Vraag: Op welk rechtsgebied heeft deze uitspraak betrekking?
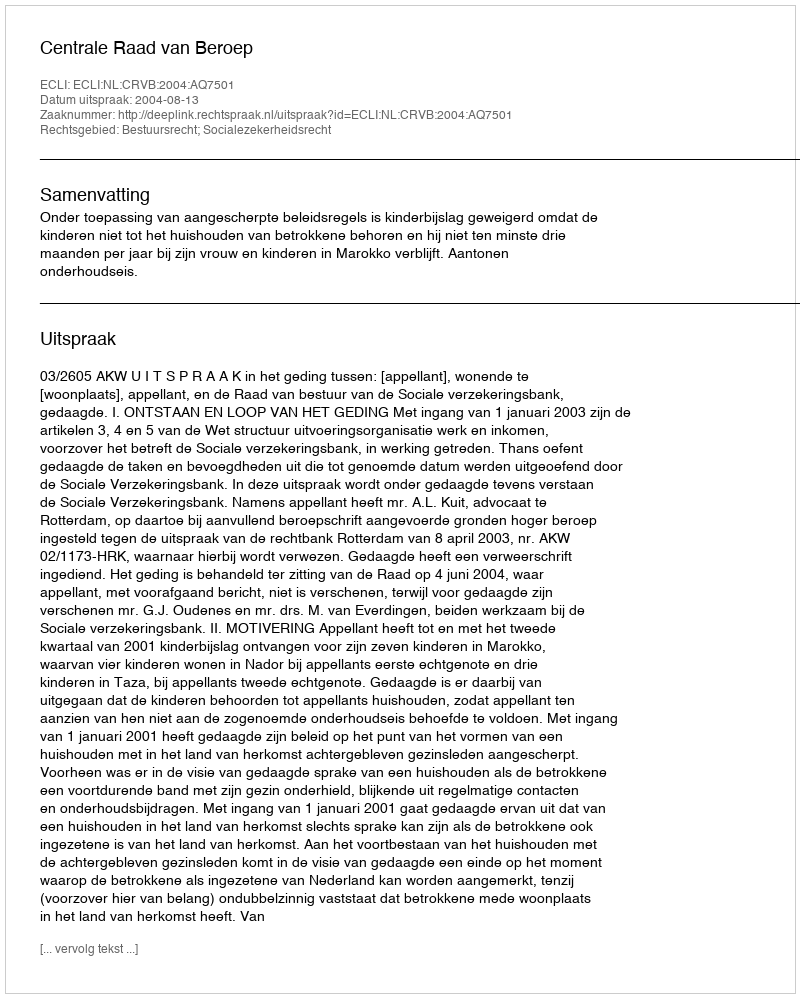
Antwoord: Bestuursrecht; Socialezekerheidsrecht